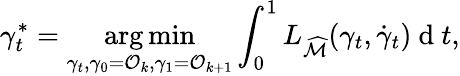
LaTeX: \gamma_{t}^{*}=\underset{\gamma_{t},\gamma_{0}=\mathcal{O}_{k},\gamma_{1}=\mathcal{O}_{k+1}}{\arg\operatorname*{min}}\int_{0}^{1}L_{\widehat{\mathcal{M}}}(\gamma_{t},\dot{\gamma}_{t})\mathrm{~d~}t,